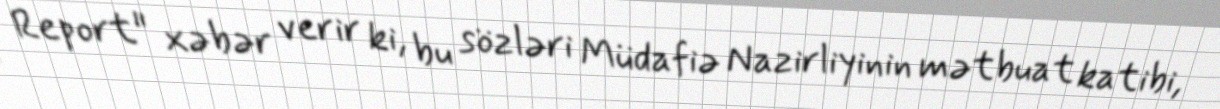
Report" xəbər verir ki, bu sözləri Müdafiə Nazirliyinin mətbuat katibi,